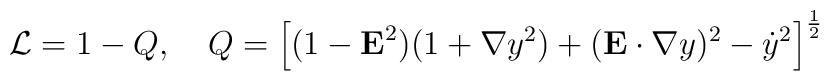
{\cal L}= 1-Q, \;\;\:\; Q=\left[(1-{\bf E}^2)(1+{\bf \nabla}y^2)+({\bf E}\cdot{\bf \nabla} y)^2-{\dot y}^2\right]^{\frac{1}{2}}